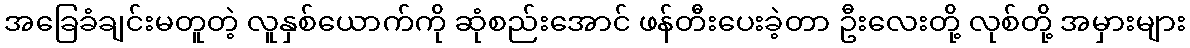
အခြေခံချင်းမတူတဲ့ လူနှစ်ယောက်ကို ဆုံစည်းအောင် ဖန်တီးပေးခဲ့တာ ဦးလေးတို့ လုစ်တို့ အမှားများ